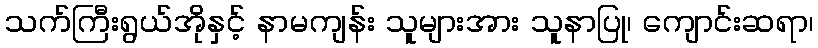
သက်ကြီးရွယ်အိုနှင့် နာမကျန်း သူများအား သူနာပြု၊ ကျောင်းဆရာ၊